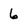
Character: 6